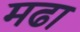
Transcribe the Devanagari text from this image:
मढा